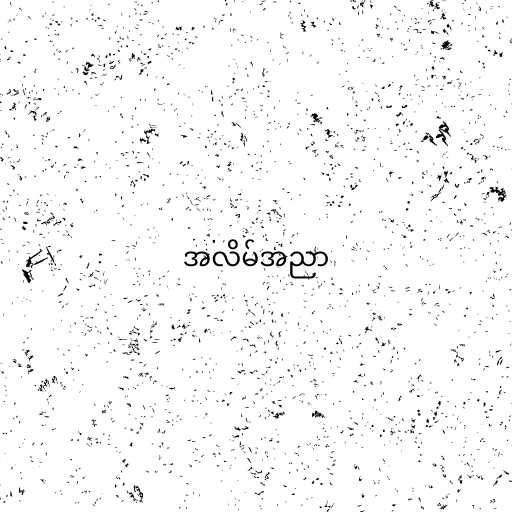
အလိမ်အညာ